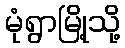
မုံရွာမြို့သို့